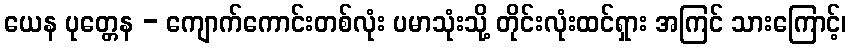
ယေန ပုတ္တေန - ကျောက်ကောင်းတစ်လုံး ပမာသုံးသို့ တိုင်းလုံးထင်ရှား အကြင် သားကြောင့်၊